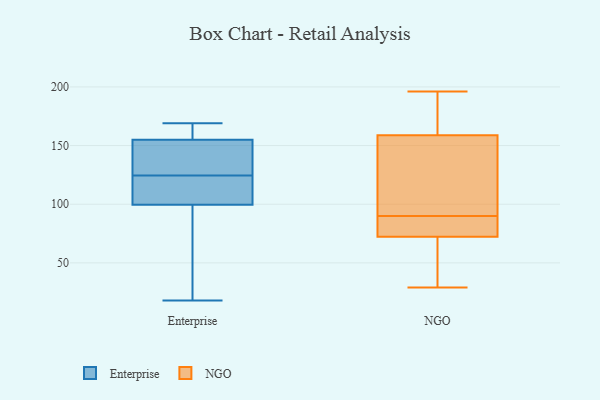
{"axis": {"x": "Satisfaction Score", "y": "Value"}, "legend": ["Enterprise", "NGO"], "data": [{"x": "", "y": 90, "type": "Enterprise"}, {"x": "", "y": 169, "type": "Enterprise"}, {"x": "", "y": 18, "type": "Enterprise"}, {"x": "", "y": 109, "type": "Enterprise"}, {"x": "", "y": 132, "type": "Enterprise"}, {"x": "", "y": 89, "type": "Enterprise"}, {"x": "", "y": 117, "type": "Enterprise"}, {"x": "", "y": 151, "type": "Enterprise"}, {"x": "", "y": 159, "type": "Enterprise"}, {"x": "", "y": 138, "type": "Enterprise"}, {"x": "", "y": 110, "type": "Enterprise"}, {"x": "", "y": 162, "type": "Enterprise"}, {"x": "", "y": 48, "type": "NGO"}, {"x": "", "y": 90, "type": "NGO"}, {"x": "", "y": 75, "type": "NGO"}, {"x": "", "y": 104, "type": "NGO"}, {"x": "", "y": 187, "type": "NGO"}, {"x": "", "y": 77, "type": "NGO"}, {"x": "", "y": 131, "type": "NGO"}, {"x": "", "y": 90, "type": "NGO"}, {"x": "", "y": 29, "type": "NGO"}, {"x": "", "y": 64, "type": "NGO"}, {"x": "", "y": 173, "type": "NGO"}, {"x": "", "y": 196, "type": "NGO"}, {"x": "", "y": 154, "type": "NGO"}]}